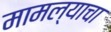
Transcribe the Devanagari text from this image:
मामल्याचा